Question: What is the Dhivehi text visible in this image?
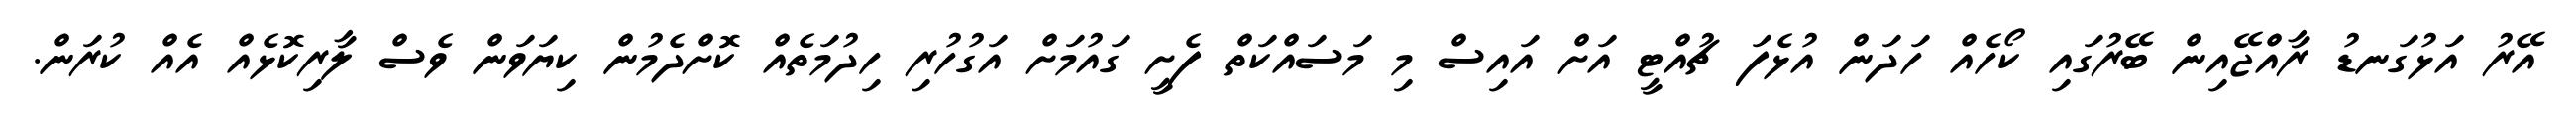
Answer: އޭރު އަޅުގަނޑު ރާއްޖޭއިން ބޭރުގައި ކޯހެއް ހަދަން އުޅެފަ ޗުއްޓީ އަށް އައިސް މި މަސައްކަތް ފެށީ ގައުމަށް އަގުހުރި ހިދުމަތެއް ކޮށްދެމުން ކިޔަވަން ވެސް ލާރިކޮޅެއް އެއް ކުރަން.